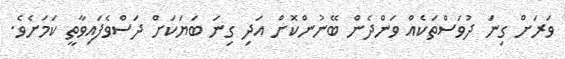
ވަރަށް ގިނަ ދުވަސްތަކެއް ވަންދެން ބޭނުންކޮށް އަދި ގިނަ ބަޔަކަށް ދަސްވެފައިވާތީ ކަމަށެވެ.